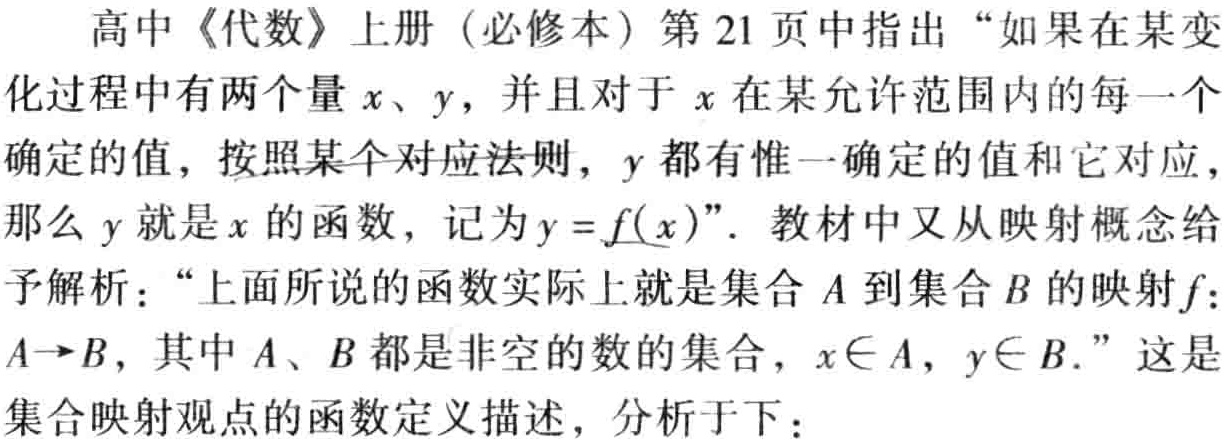
高中《代数》上册（必修本）第 21 页中指出“如果在某变化过程中有两个量\(x\)、\(y\)，并且对于\(x\)在某允许范围内的每一个确定的值，按照某个对应法则，\(y\)都有惟一确定的值和它对应，那么\(y\)就是\(x\)的函数，记为\(y = f(x)\)”。教材中又从映射概念给予解析：“上面所说的函数实际上就是集合\(A\)到集合\(B\)的映射\(f:A\rightarrow B\)，其中\(A\)、\(B\)都是非空的数的集合，\(x\in A\)，\(y\in B\)。”这是集合映射观点的函数定义描述，分析于下：